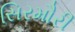
સિરમૌરી